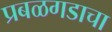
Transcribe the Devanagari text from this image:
प्रबळगडाचा